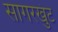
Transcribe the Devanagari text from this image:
सागरखुंट